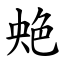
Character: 䒋